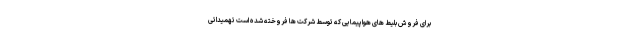
برای فروش بلیط های هواپیمایی که توسط شرکت ها فروخته شده است تهمیداتی